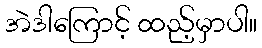
အဲဒါကြောင့် ထည့်မှာပါ။